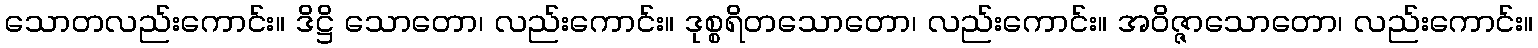
သောတလည်းကောင်း။ ဒိဋ္ဌိ သောတော၊ လည်းကောင်း။ ဒုစ္စရိတသောတော၊ လည်းကောင်း။ အဝိဇ္ဇာသောတော၊ လည်းကောင်း။